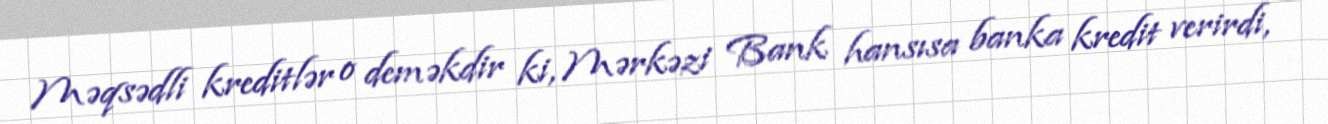
Məqsədli kreditlər o deməkdir ki, Mərkəzi Bank hansısa banka kredit verirdi,